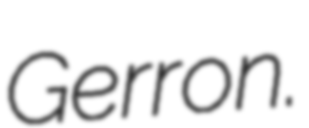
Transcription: Gerron.